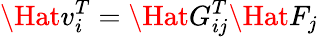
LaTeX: \Hat{v}_{i}^{T}=\Hat{G}_{ij}^{T}\Hat{F}_{j}